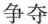
争夺